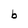
Character: b